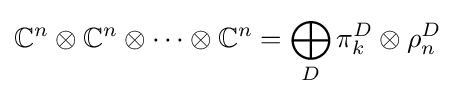
\mathbb {C} ^{n}\otimes \mathbb {C} ^{n}\otimes \cdots \otimes \mathbb {C} ^{n}=\bigoplus _{D}\pi _{k}^{D}\otimes \rho _{n}^{D}